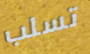
تسلب